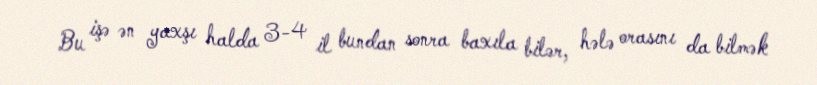
Bu işə ən yaxşı halda 3-4 il bundan sonra baxıla bilər, hələ orasını da bilmək